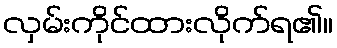
လှမ်းကိုင်ထားလိုက်ရ၏။